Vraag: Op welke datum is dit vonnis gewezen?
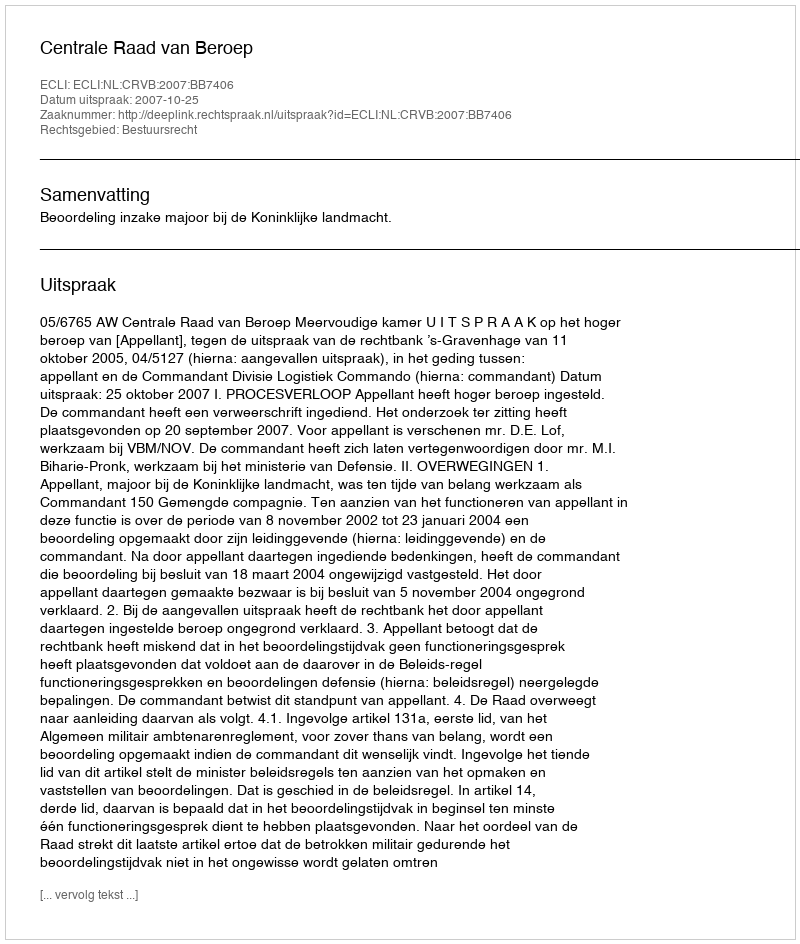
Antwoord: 2007-10-25